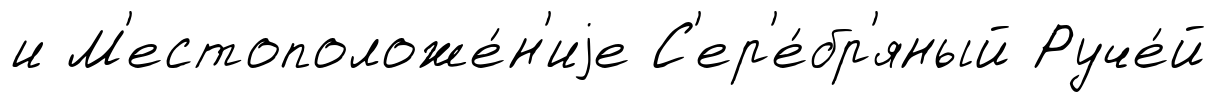
и М'естоположе́н'иjе С'ер'е́бр'яный Руче́й